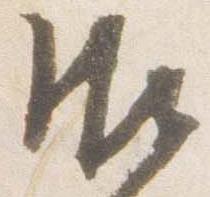
御